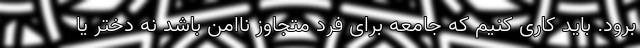
برود. باید کاری کنیم که جامعه برای فرد متجاوز ناامن باشد نه دختر یا